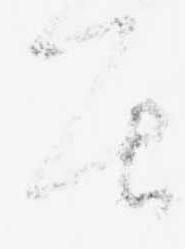
居